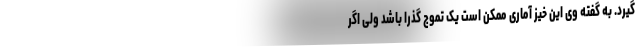
گیرد. به گفته وی این خیز آماری ممکن است یک تموج گذرا باشد ولی اگر